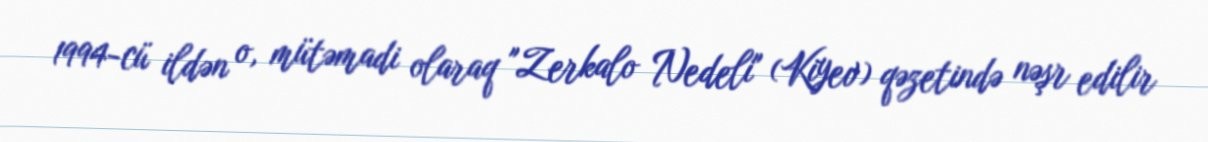
1994-cü ildən o, mütəmadi olaraq "Zerkalo Nedeli" (Kiyev) qəzetində nəşr edilir